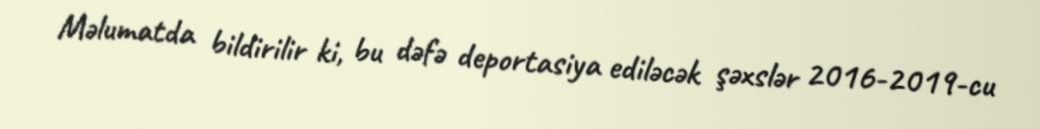
Məlumatda bildirilir ki, bu dəfə deportasiya ediləcək şəxslər 2016-2019-cu